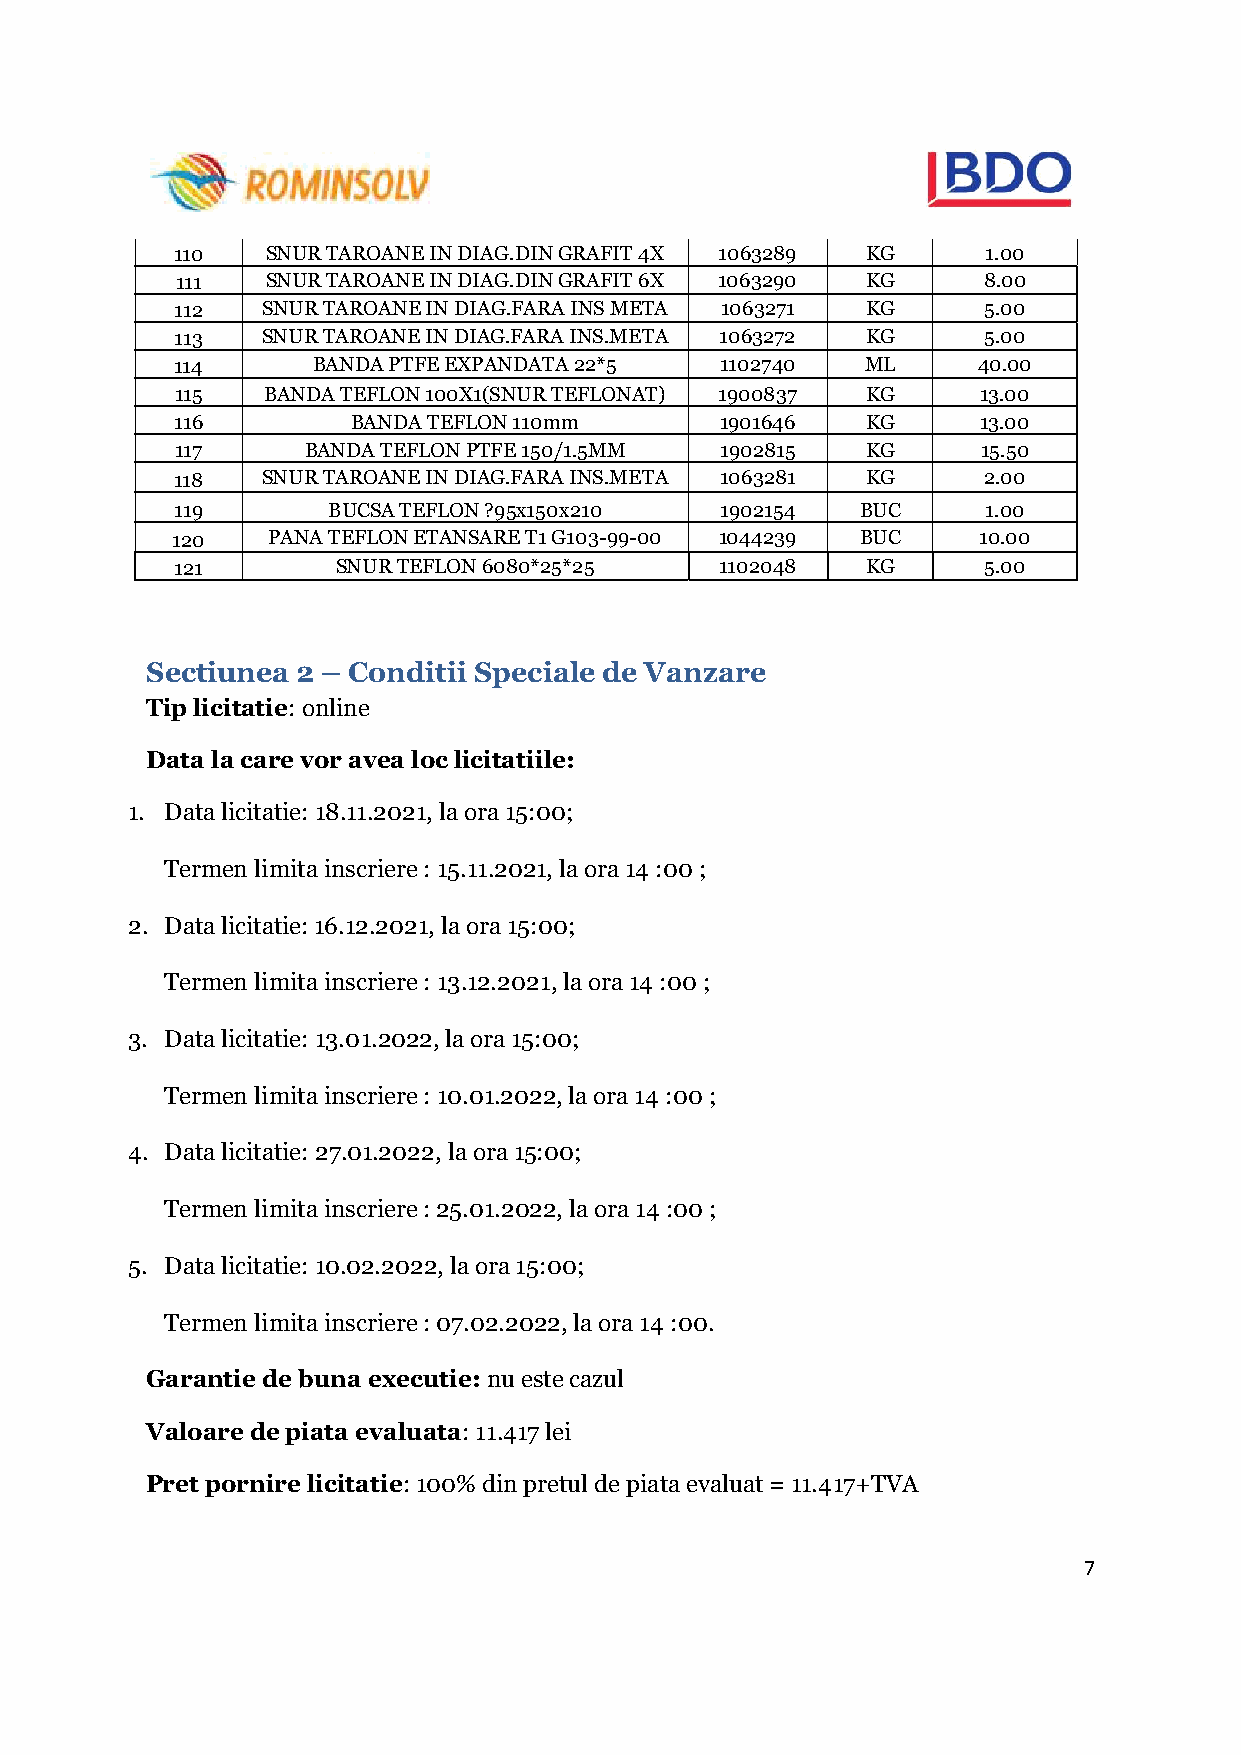
110    SNUR TAROANE IN DIAG.DIN GRAFIT 4X 1063289 KG  1.00
 111   SNUR TAROANE IN DIAG.DIN GRAFIT 6X 1063290 KG  8.00
 112  SNUR TAROANE IN DIAG.FARA INS META 1063271 KG   5.00
 113  SNUR TAROANE IN DIAG.FARA INS.META 1063272 KG   5.00
 114      BANDA PTFE EXPANDATA 22*5  1102740  ML      40.00
 115  BANDA TEFLON 100X1(SNUR TEFLONAT) 1900837 KG    13.00
 116        BANDA TEFLON 110mm       1901646  KG      13.00
 117     BANDA TEFLON PTFE 150/1.5MM 1902815  KG      15.50
 118  SNUR TAROANE IN DIAG.FARA INS.META 1063281 KG   2.00
 119       BUCSA TEFLON ?95x150x210  1902154  BUC     1.00
 120    PANA TEFLON ETANSARE T1 G103-99-00 1044239 BUC 10.00
 121       SNUR TEFLON 6080*25*25    1102048  KG      5.00
 Sectiunea 2 – Conditii Speciale de Vanzare
 Tip licitatie: online
 Data la care vor avea loc licitatiile:
 1. Data licitatie: 18.11.2021, la ora 15:00;
 Termen limita inscriere : 15.11.2021, la ora 14 :00 ;
 2. Data licitatie: 16.12.2021, la ora 15:00;
 Termen limita inscriere : 13.12.2021, la ora 14 :00 ;
 3. Data licitatie: 13.01.2022, la ora 15:00;
 Termen limita inscriere : 10.01.2022, la ora 14 :00 ;
 4. Data licitatie: 27.01.2022, la ora 15:00;
 Termen limita inscriere : 25.01.2022, la ora 14 :00 ;
 5. Data licitatie: 10.02.2022, la ora 15:00;
 Termen limita inscriere : 07.02.2022, la ora 14 :00.
 Garantie de buna executie: nu este cazul
 Valoare de piata evaluata: 11.417 lei
 Pret pornire licitatie: 100% din pretul de piata evaluat = 11.417+TVA
 7